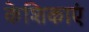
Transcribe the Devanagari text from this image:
केशिकाएं